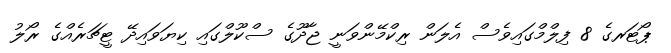
ޕޯޓަރގެ 8 ފިލްމްގައިވެސް އެލަން ރިކްމޭންވަނީ ޖާދޫގެ ސްކޫލްގައި ކިޔަވައިދޭ ޓީޗަރެއްގެ ރޯލު